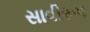
સાવીરૂપ